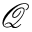
\mathcal { Q }